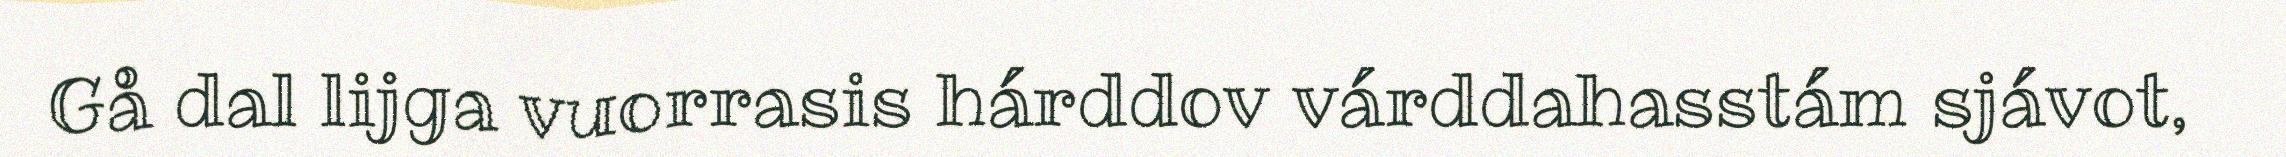
Gå dal lijga vuorrasis hárddov várddahasstám sjávot,